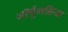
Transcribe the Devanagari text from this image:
नॉर्थुमब्रिया